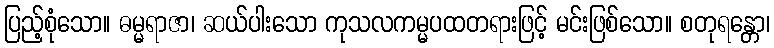
ပြည့်စုံသော။ ဓမ္မရာဇာ၊ ဆယ်ပါးသော ကုသလကမ္မပထတရားဖြင့် မင်းဖြစ်သော။ စတုရန္တော၊